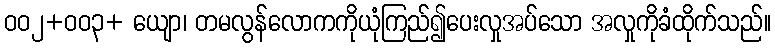
ဝဝ၂+ဝဝ၃+ ယျော၊ တမလွန်လောကကိုယုံကြည်၍ပေးလှုအပ်သော အလှုကိုခံထိုက်သည်။